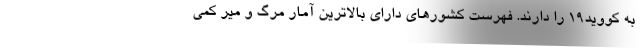
به کووید۱۹ را دارند. فهرست کشورهای دارای بالاترین آمار مرگ و میر کمی